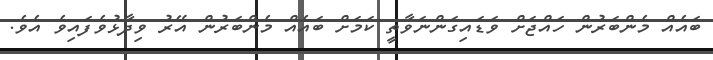
ބައެއް މެންބަރުން ހައްޖަށް ވަޑައިގަންނަވާތީ ކަމަށް ބައެއް މެންބަރުން އޭރު ވިދާޅުވެފައިވެ އެވެ.